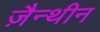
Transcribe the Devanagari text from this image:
ज़ैन्थीन